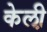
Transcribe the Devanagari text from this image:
केली़